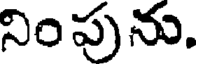
నింపును.